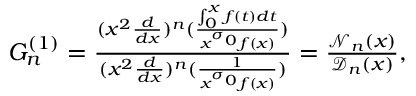
\begin{array} { r } { G _ { n } ^ { ( 1 ) } = \frac { ( x ^ { 2 } \frac { d } { d x } ) ^ { n } ( \frac { \int _ { 0 } ^ { x } f ( t ) d t } { x ^ { \sigma _ { 0 } } f ( x ) } ) } { ( x ^ { 2 } \frac { d } { d x } ) ^ { n } ( \frac { 1 } { x ^ { \sigma _ { 0 } } f ( x ) } ) } = \frac { \mathcal { N } _ { n } ( x ) } { \mathcal { D } _ { n } ( x ) } , } \end{array}